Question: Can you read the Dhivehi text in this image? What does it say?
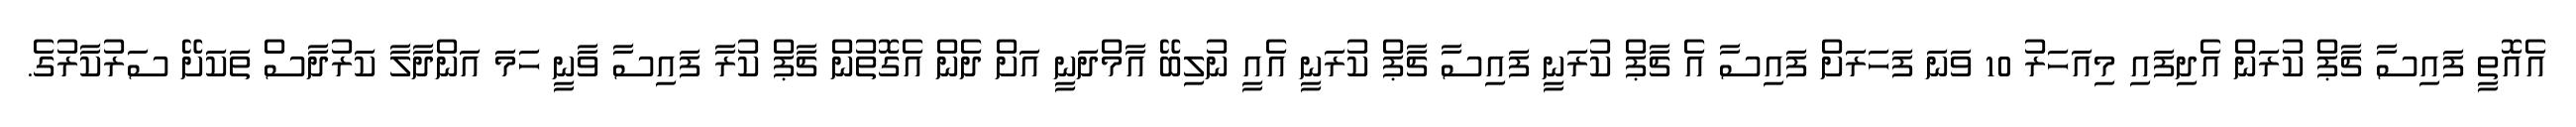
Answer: އެއޮތީ ފައިސާ ޗާޕް ކުރަން އެދިފައި މިއަހަރު 10 ވަނަ ފަހަރަށް ފައިސާ އެ ޗާޕް ކުރަނީ ފައިސާ ޗާޕް ކުރަނީ އެއީ ނުލިބޭ އާމްދަނީ އަށް ދެން އެގޮތުން ޗާޕް ކުރާ ފައިސާ ވާނީ ހަމަ އަންދާލާ ކަރުދާސް ތަކަށޭ ސަރުކާރުގެ.